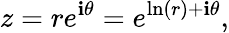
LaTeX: z=re^{\mathbf{i}\theta}=e^{\ln(r)+\mathbf{i}\theta},